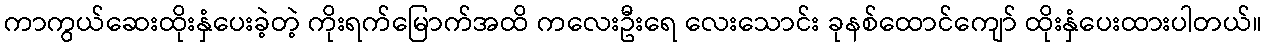
ကာကွယ်ဆေးထိုးနှံပေးခဲ့တဲ့ ကိုးရက်မြောက်အထိ ကလေးဦးရေ လေးသောင်း ခုနစ်ထောင်ကျော် ထိုးနှံပေးထားပါတယ်။